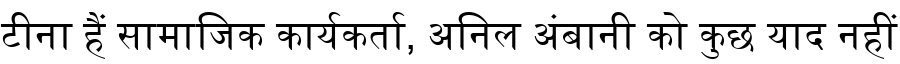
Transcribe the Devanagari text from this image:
टीना हैं सामाजिक कार्यकर्ता, अनिल अंबानी को कुछ याद नहीं